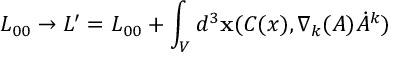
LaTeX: L _ { 0 0 } \rightarrow L ^ { \prime } = L _ { 0 0 } + \int _ { V } d ^ { 3 } { \bf x } ( C ( x ) , \nabla _ { k } ( A ) \dot { A } ^ { k } )